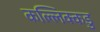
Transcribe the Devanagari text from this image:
कल्लिक्कडु